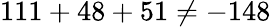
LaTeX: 111+48+51\neq-148